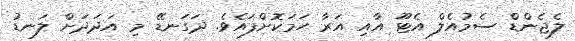
ލެޖެންޑް ސެމުއެލް އެޓޫ އާއި އަރާ ހަމަކޮށްފައެވެ. ދަގަނޑޭ މި އަދަދަށް ލަނޑު